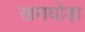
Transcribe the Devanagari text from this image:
खराघोड़ा